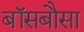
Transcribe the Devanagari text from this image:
बॉसबौसा